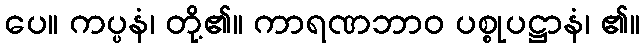
ပေ။ ကပ္ပနံ၊ တို့၏။ ကာရဏဘာဝ ပစ္စုပဋ္ဌာနံ၊ ၏။